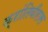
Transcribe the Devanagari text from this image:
क्रांतिवीरास